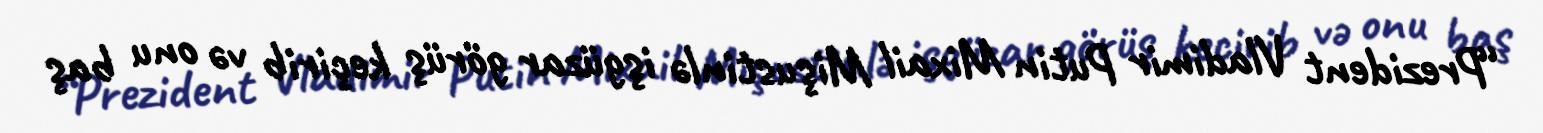
“Prezident Vladimir Putin Mixail Mişustinlə işgüzar görüş keçirib və onu baş